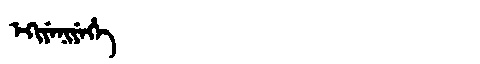
Manchu: ᡝᡴᡳᠶᡝᠨᡳᠶᡝᡥᡝ
Romanization: EKIYENIYEHE